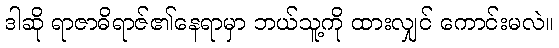
ဒါဆို ရာဇာဓိရာဇ်၏နေရာမှာ ဘယ်သူ့ကို ထားလျှင် ကောင်းမလဲ။